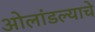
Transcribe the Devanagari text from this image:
ओलांडल्याचे